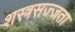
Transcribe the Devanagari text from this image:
शस्त्रसज्जता